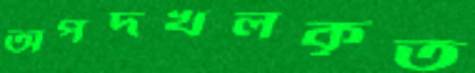
অপদখলকৃত